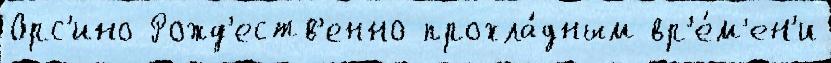
Орс'ино Рожд'еств'енно прохла́дным вр'е́м'ен'и